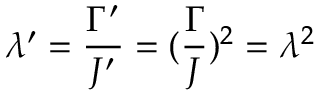
\lambda ^ { \prime } = \frac { \Gamma ^ { \prime } } { J ^ { \prime } } = ( \frac { \Gamma } { J } ) ^ { 2 } = \lambda ^ { 2 }